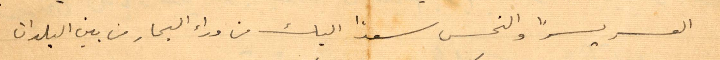
العسر يسرًا والنحس سعدا اليك من وراء البحار من بين البلدان